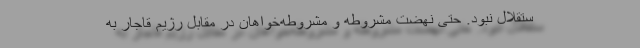
ستقلال نبود. حتی نهضت مشروطه و مشروطه‌خواهان در مقابل رژیم قاجار به